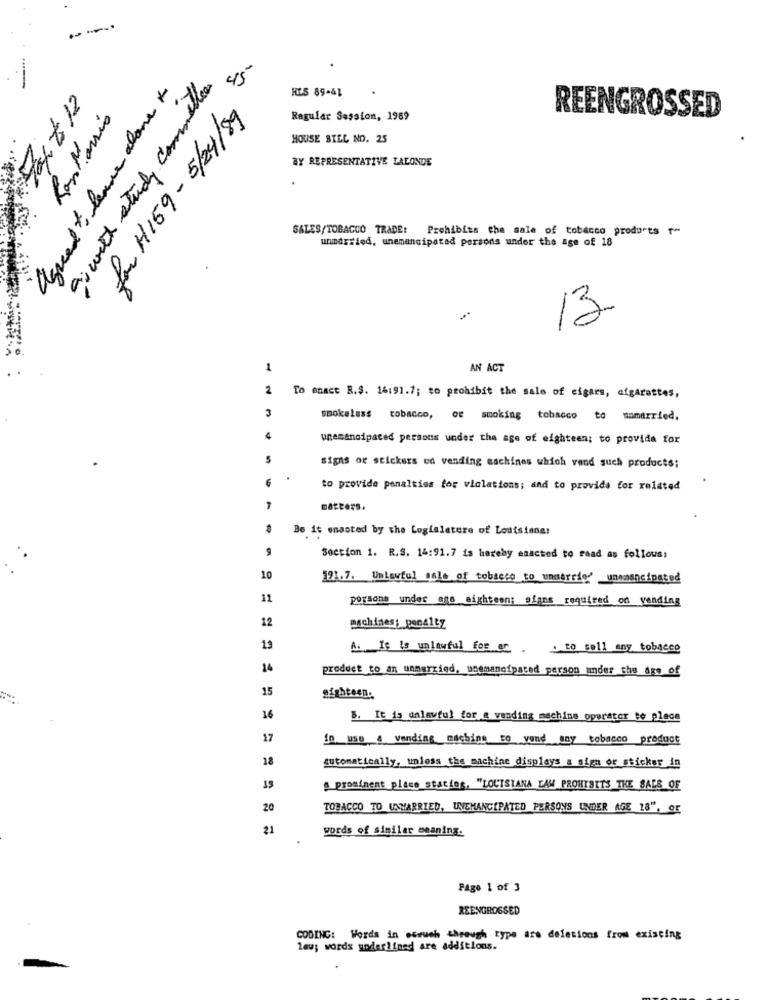
--
-
as with study commetter
4.5
agreedto leave alone to
HIS 89-41
Faxto 12
for H159- 5/24/89
Rossharris
Regular Session, 1989
REENGROSSED
HOUSE SILL NO. 25
BY REPRESENTATIVE LALONDE
SALES/TOBACCO TRADE: Prohibits the sale of tobacco products to
unmarried, unemancipated persons under the age of 18
13.
1
AN ACT
2
To anact R.S. 16:91.7; to prohibit the sale of cigars, cigarettes,
3
smokeless tobacco, ce smoking tobacco to unmarried.
4
unemanoipated persons under the age of eighteen; to provide for
5
signs of stickers en vending machines which vend such products;
to provide penalties for violations; and to provide for related
Be it enacted by the Legislature of Louisiana!
Section 1. R.S. 14:91.7 is hereby enacted to read as follows:
10
191.7. UnLawful sale of tobacco to unmarrio' unemancipated
11
porsons under ago eighteen; sians required on yending
12
machines; penalty
13
A. It is unlawful for er
.to sell any tobacco
14
product to an unmarried, unemancipated person under the age of
15
afghteen.
16
B. It is unlawful for & vending machine operator to place
17
in uso 4 vending machine to vond any tobacco product
18
automatically, unless the machine displays a sign or sticker in
15
. prominent place staties, "LOUISIANA CAM PROHIBITS THE SALE OF
20
TOBACCO TO UNMARRIED, UNEMANCIPATED PERSONS UNDER AGE 18", OF
21
words of similar meaning.
Page 1 of 3
REENGROSSED
CODING: Words in eseuch theough type are deletions from existing
lau; words underlined are additions.